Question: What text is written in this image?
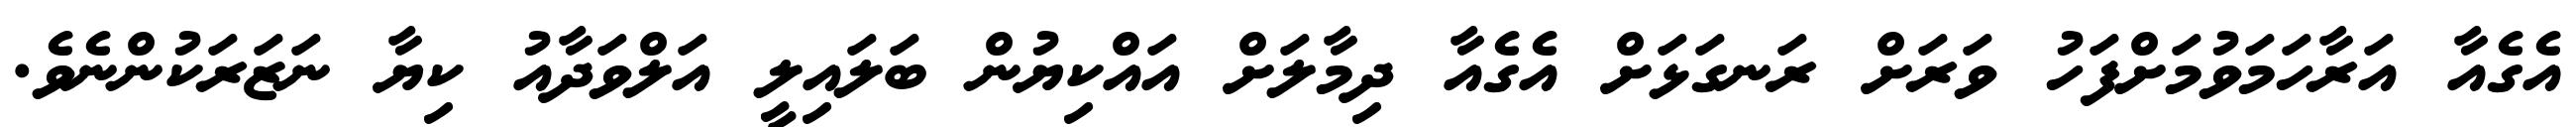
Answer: އެގެއާ އަރާހަމަވުމަށްފަހު ވަރަށް ރަނގަޅަށް އެގެއާ ދިމާލަށް އައްކިޔުން ބަލައިލީ އަލްވަދާއު ކިޔާ ނަޒަރަކުންނެވެ.